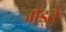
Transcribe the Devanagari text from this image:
जोड्ते